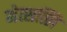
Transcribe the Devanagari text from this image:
मेत्सत्लि